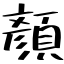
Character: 顏